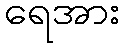
ရေအား